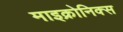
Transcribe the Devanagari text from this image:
माइक्रोनिक्स